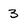
Character: 3